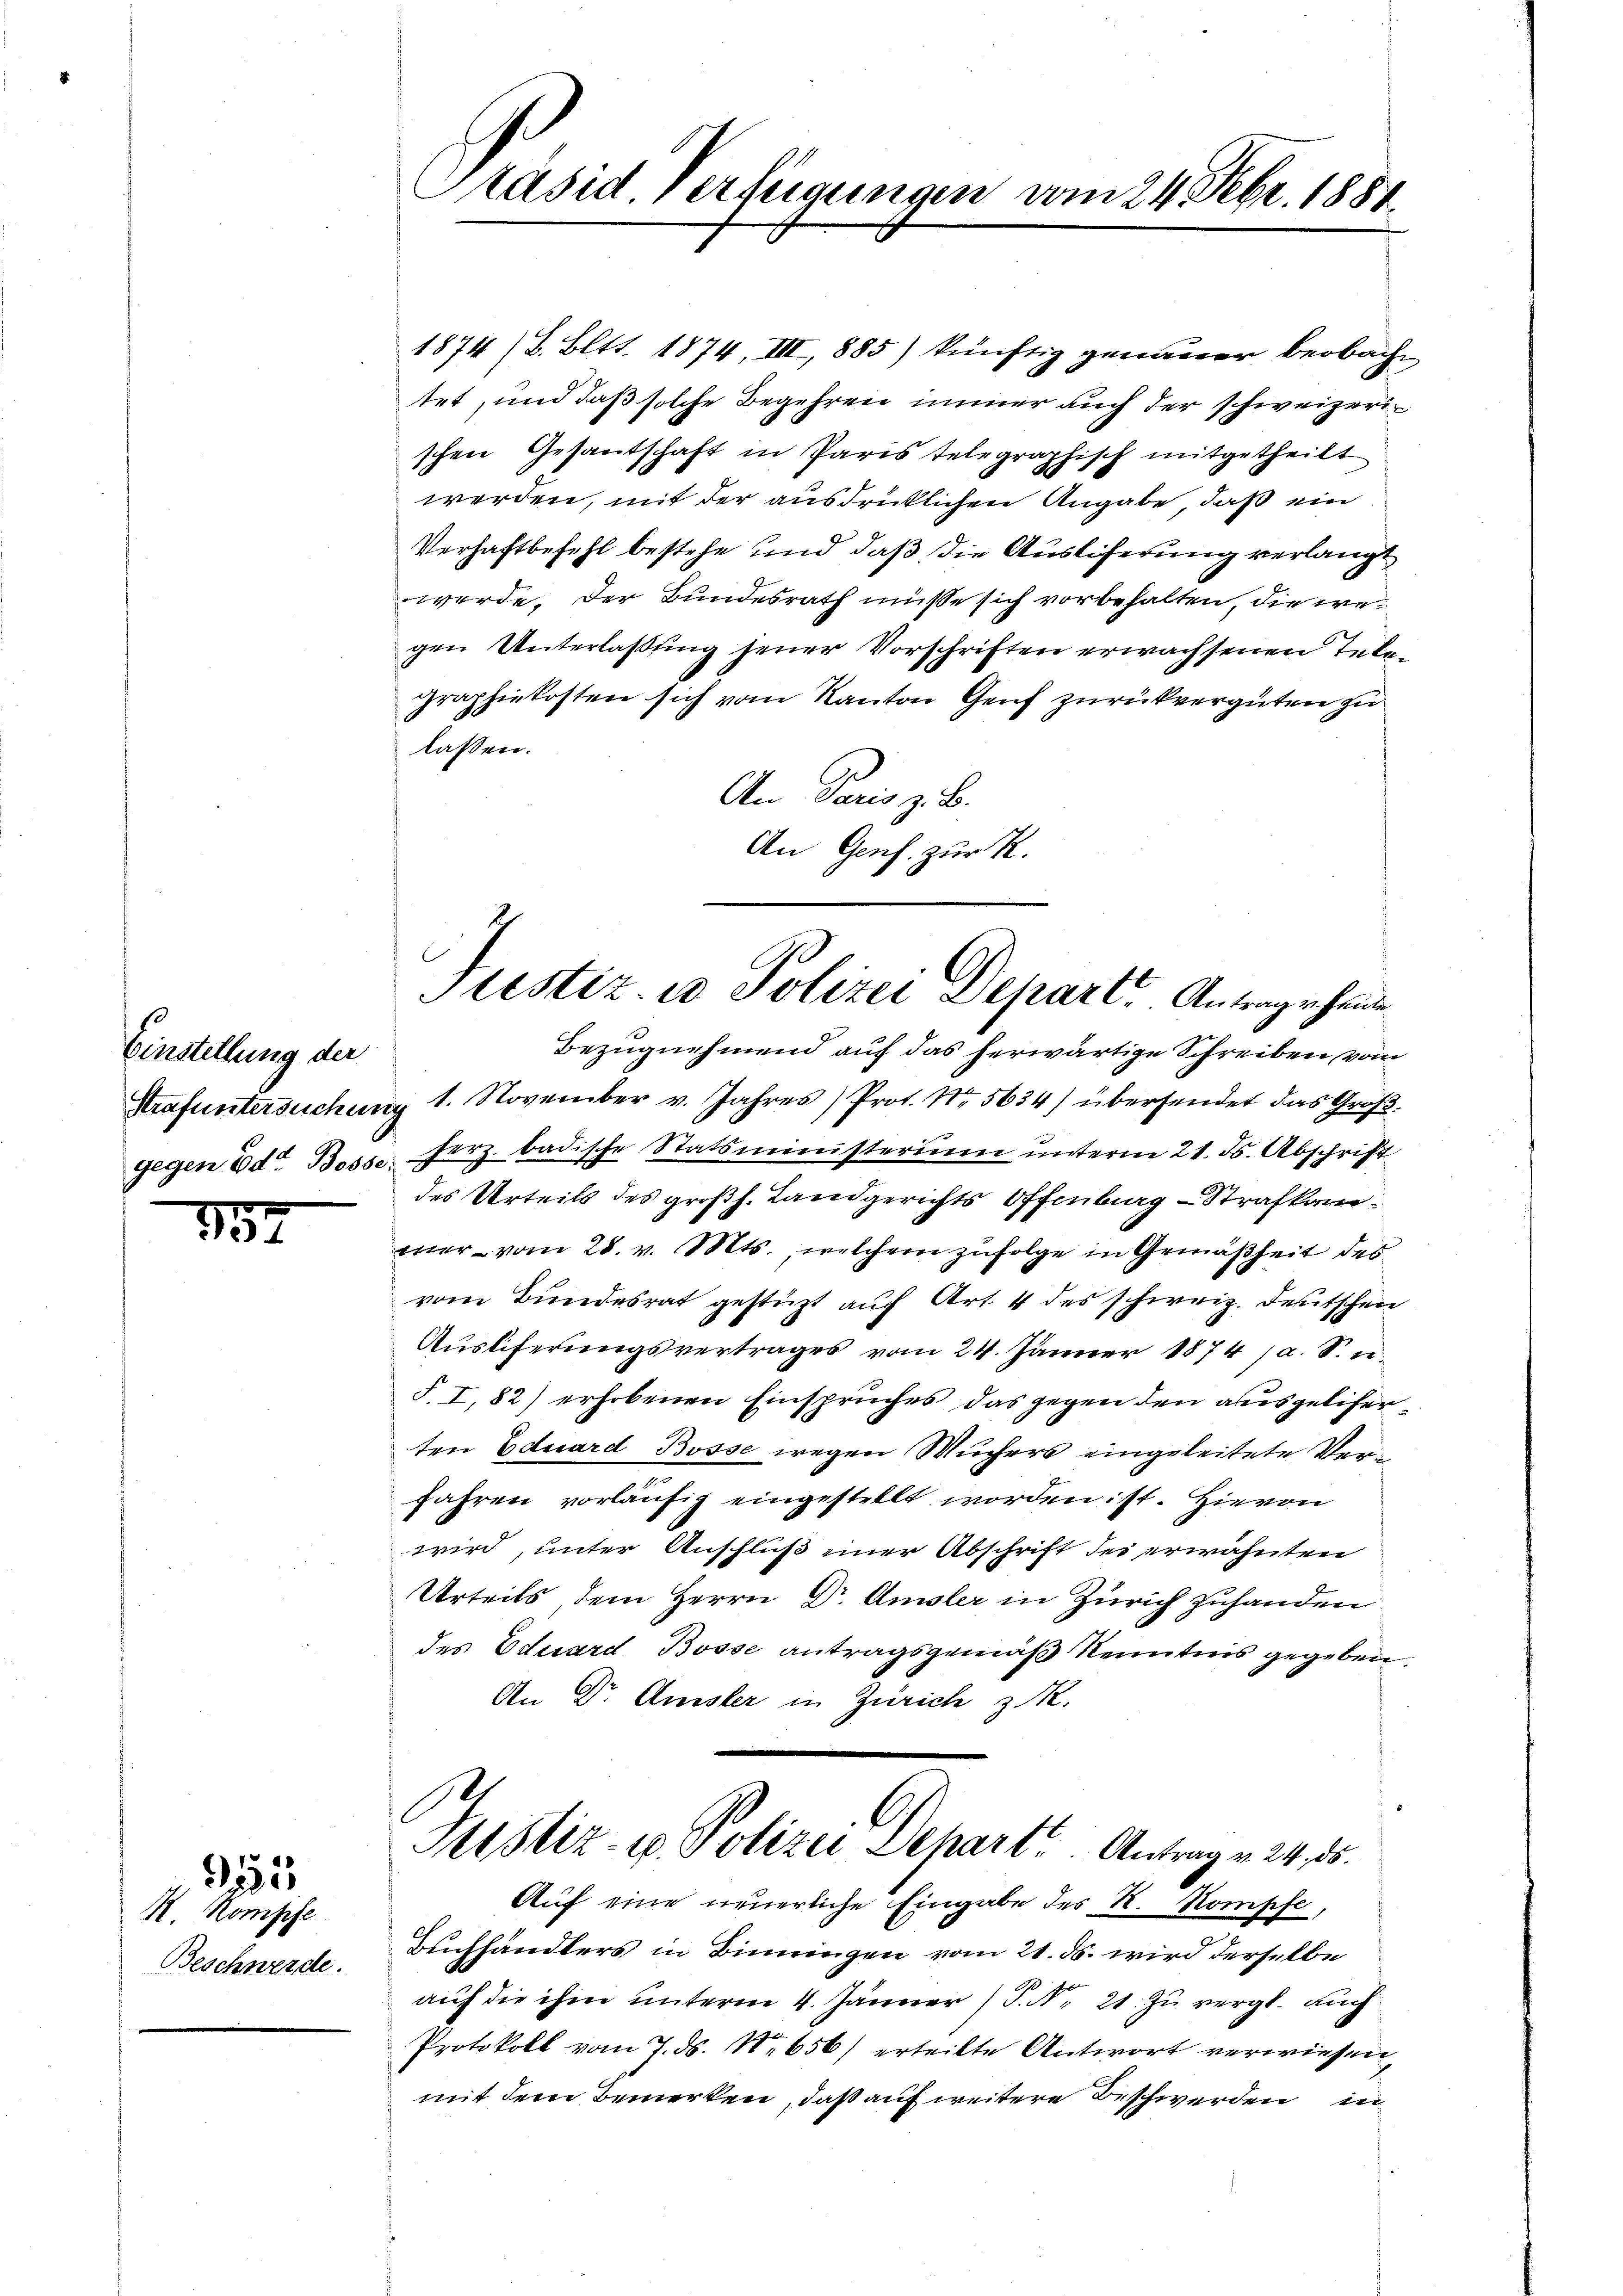
Einstellung der

157

R. Kompfe
Beschwerde.

25

1874/8. Bett. 1874, III, 1885) künftig genauer Beobache
tet, und daß solche Begehren immer auch der schweizerischen Gesantschaft in Paris telegraphisch mitgetheilt
werden, mit der ausdrücklichen Angabe, daß ein
Verhaftbefehl bestehe und daß die Ausliferung verlangt
werde. Der Bundesrath müsse sich vorbehalten, die wegen Unterlaßung jener Vorschriften erwachsenen Telegraphiekosten sich vom Kanton Genf zurückvergüten zu
lassen.
An Paris z. B.
An Genf. zur K.

Präsid. Verfügungen vom 24. Febr. 1881.

Justiz, in Polizei Depart. Antrage hause

Bezugnehmend auf das herwärtige Schreiben vom
Strafuntersuchung 1. November v. Jahres Prot. Nr. 5634) übersendet das Großgegen Ed. Boss herz. badische Statsministerium unterm 21. ds. Abschrift
des Urteils des großh. Landgerichts Offenburg - Strafkam
mer vom 28. v. Mts., welchem zufolge in Gemäßheit des
vom Bundesrat gestüzt auf Art. 4 des schweiz. Deutschen
Auslieferungsvertrages vom 24. Jänner 1874 (a. S. u.
S. I, 82) erhobenen Einspruches das gegen den ausgeliserten Eduard Bosse wegen Wucher eingeleitete Ver¬
Jahren vorläufig eingestellt worden ist. Hievon
wird, unter Anschluß einer Abschrift des erwähnten
Urteils, dem Herrn Dr. Amsler in Zürich zuhanden
des Eduard Bosse antragsgemäß Kenntnis gegeben.
An Dr. Amsler in Zürich z. R.

Justiz- u. Polizei Dehart. Antrag v. 24. 85.
Auf eine neuerliche Eingabe des R. Kompfe,

Buchhändlers in Binningen vom 21. ds. wird derselbe
auf die ihm unterm 4. Jänner) P. Nr. 21. Zu vergl. auch
Protokoll vom 7. ds. No 656/ erteilte Antwort verwiesen,
mit dem Bemerken, daß auf weitere Beschwerden in